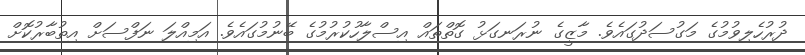
ދުރުހެލިވުމުގެ މަގުސަދުގައެވެ. މާޒީގެ ނުރަނގަޅު ގޮތްތައް އިސްލާހުކުރުމުގެ ބޭނުމުގައެވެ. އަމިއްލަ ނަފްސަށް އިތުބާރުކޮށް